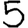
Digit: 5